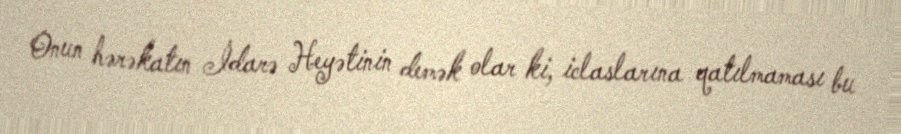
Onun hərəkatın İdarə Heyətinin demək olar ki, iclaslarına qatılmaması bu